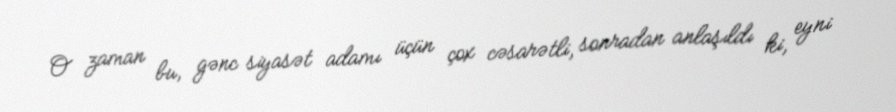
O zaman bu, gənc siyasət adamı üçün çox cəsarətli, sonradan anlaşıldı ki, eyni